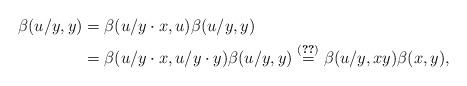
LaTeX: \begin{align*} \beta(u/y,y)&=\beta(u/y\cdot x,u)\beta(u/y,y)\\ &=\beta(u/y\cdot x,u/y\cdot y)\beta(u/y,y)\overset{\eqref{CCC}}{=} \beta(u/y,xy)\beta(x,y),\end{align*}